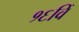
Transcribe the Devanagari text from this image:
१६विँ